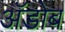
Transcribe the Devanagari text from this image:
अॅडोब